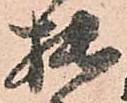
拙